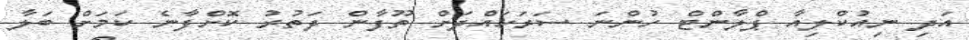
އަދި ނިއުކްލިއާ ޕްލާންޓް ހުންނަ ސަރަހައްދަށް ތޫފާން ދަތުރު ކޮށްފާނެ ކަމަށް ބަލާ